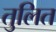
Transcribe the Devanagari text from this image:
तुलित